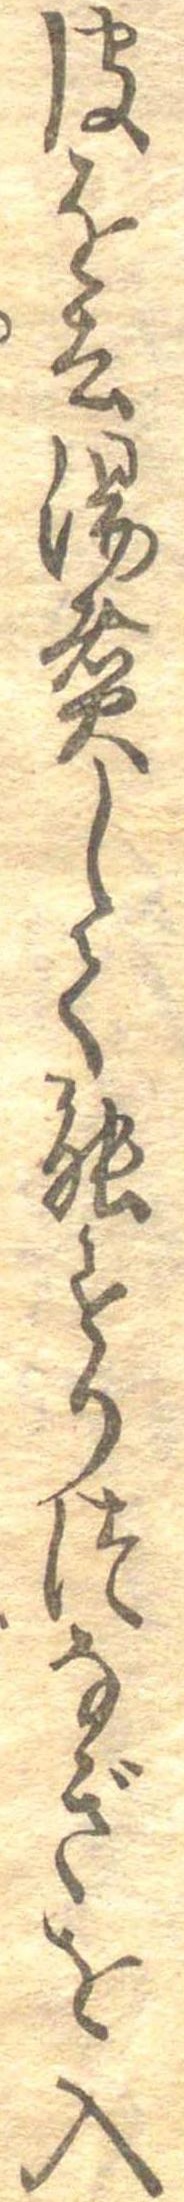
皮を去湯煮して能すりつなぎを入